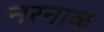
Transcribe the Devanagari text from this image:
नरनाळ